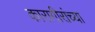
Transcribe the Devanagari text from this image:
कारागीरांच्या